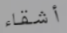
أشقاء